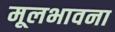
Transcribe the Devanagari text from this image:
मूलभावना